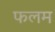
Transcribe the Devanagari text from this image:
फलम